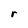
Character: r